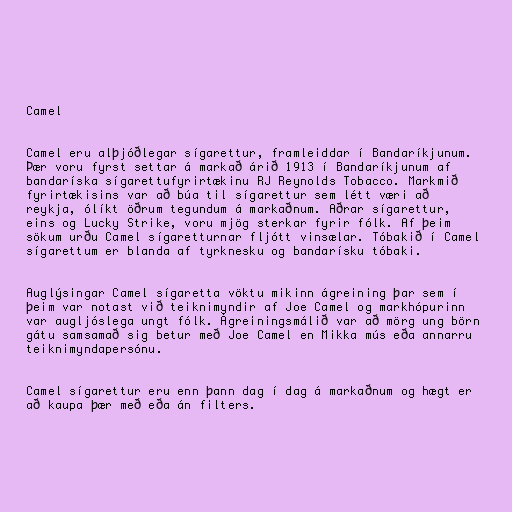
Camel

Camel eru alþjóðlegar sígarettur, framleiddar í Bandaríkjunum.
Þær voru fyrst settar á markað árið 1913 í Bandaríkjunum af
bandaríska sígarettufyrirtækinu RJ Reynolds Tobacco. Markmið
fyrirtækisins var að búa til sígarettur sem létt væri að
reykja, ólíkt öðrum tegundum á markaðnum. Aðrar sígarettur,
eins og Lucky Strike, voru mjög sterkar fyrir fólk. Af þeim
sökum urðu Camel sígaretturnar fljótt vinsælar. Tóbakið í Camel
sígarettum er blanda af tyrknesku og bandarísku tóbaki.

Auglýsingar Camel sígaretta vöktu mikinn ágreining þar sem í
þeim var notast við teiknimyndir af Joe Camel og markhópurinn
var augljóslega ungt fólk. Ágreiningsmálið var að mörg ung börn
gátu samsamað sig betur með Joe Camel en Mikka mús eða annarru
teiknimyndapersónu.

Camel sígarettur eru enn þann dag í dag á markaðnum og hægt er
að kaupa þær með eða án filters.